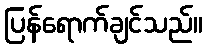
ပြန်ရောက်ချင်သည်။